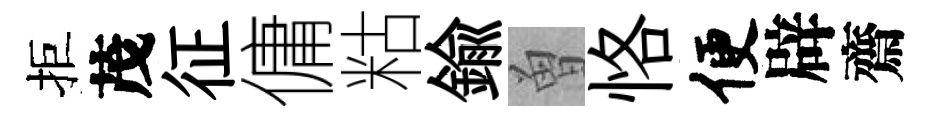
拒茂征傭䊀鍮曽恪便辟齋